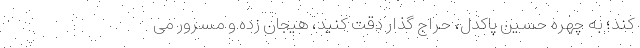
کند؛ به چهره حسین پاکدل، حراج گذار دقت کنید، هیجان زده و مسرور می